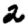
Digit: 2